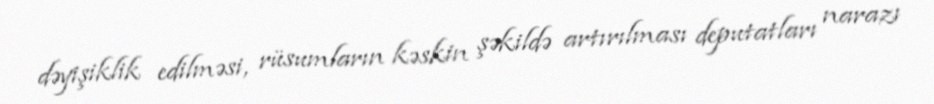
dəyişiklik edilməsi, rüsumların kəskin şəkildə artırılması deputatları narazı